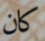
كان